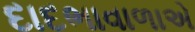
દાદભાવાળાએ